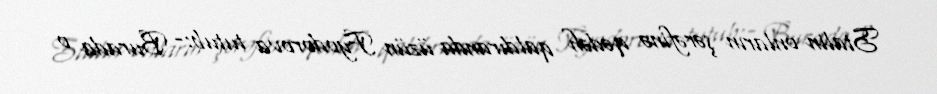
Stalin onların şərəfinə qədəh qaldıranda üzün Fyodorova tutub:- Burada o